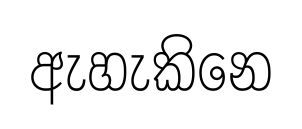
ඇහැකිනෙ